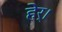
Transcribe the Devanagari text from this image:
हेर्।